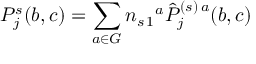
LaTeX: P _ { j } ^ { s } ( b , c ) = \sum _ { a \in G } n _ { s \, 1 } { } ^ { a } \hat { P } _ { j } ^ { ( s ) \, a } ( b , c )